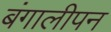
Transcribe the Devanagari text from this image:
बंगालीपन